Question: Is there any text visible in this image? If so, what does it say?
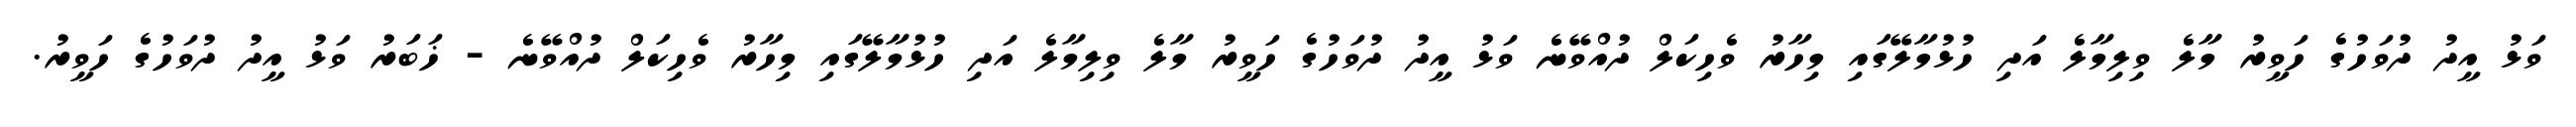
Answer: ވަޅު އީދު ދުވަހުގެ ހަވީރު މާލެ ވިލިމާލެ އަދި ހުޅުމާލޭގައި މިހާރު ވެހިކަލް ދުއްވޭނެ ވަޅު އީދު ދުވަހުގެ ހަވީރު މާލެ ވިލިމާލެ އަދި ހުޅުމާލޭގައި މިހާރު ވެހިކަލް ދުއްވޭނެ - ޚަބަރު ވަޅު އީދު ދުވަހުގެ ހަވީރު.